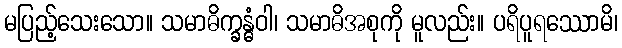
မပြည့်သေးသော။ သမာဓိက္ခန္ဓံဝါ၊ သမာဓိအစုကို မူလည်း။ ပရိပူရဿောမိ၊